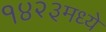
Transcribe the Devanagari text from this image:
१४२३मध्ये